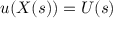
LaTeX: u ( X ( s ) ) = U ( s )